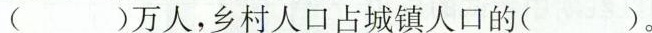
（）万人，乡村人口占城镇人口的( )。